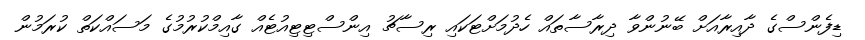
ޑިފެންސްގެ ދާއިރާއަށް ބޭނުންވާ ދިރާސާތައް ހެދުމަށްޓަކައި ރިސާޗު އިންސްޓިޓިއުޓެއް ގާއިމްކުރުމުގެ މަސައްކަތް ކުރަމުން